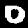
Digit: 0